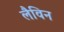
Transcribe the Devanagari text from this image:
लैविन